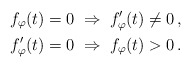
\begin{align*}f_\varphi(t)=0\; &\Rightarrow\; f_\varphi'(t)\neq 0\,,\\f_\varphi'(t)=0\; &\Rightarrow\; f_\varphi(t)>0\,.\end{align*}